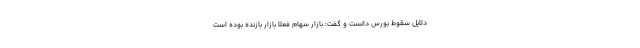
دلایل سقوط بورس دانست و گفت: بازار سهام فعلا بازار بازنده بوده است